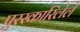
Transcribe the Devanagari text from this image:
पुरस्कारिलेले